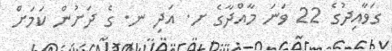
ގަވާއިދުގެ 22 ވަނަ މާއްދާގެ ށ. އަދި ނ. ގެ ދަށުން ކަމަށް